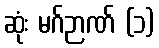
ဆုံး မဂ်ဉာဏ် (၁)